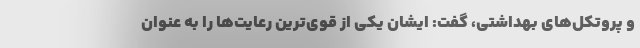
و پروتکل‌های بهداشتی، گفت: ایشان یکی از قوی‌ترین رعایت‌ها را به عنوان